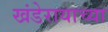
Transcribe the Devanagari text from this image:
खंडेरायाच्या